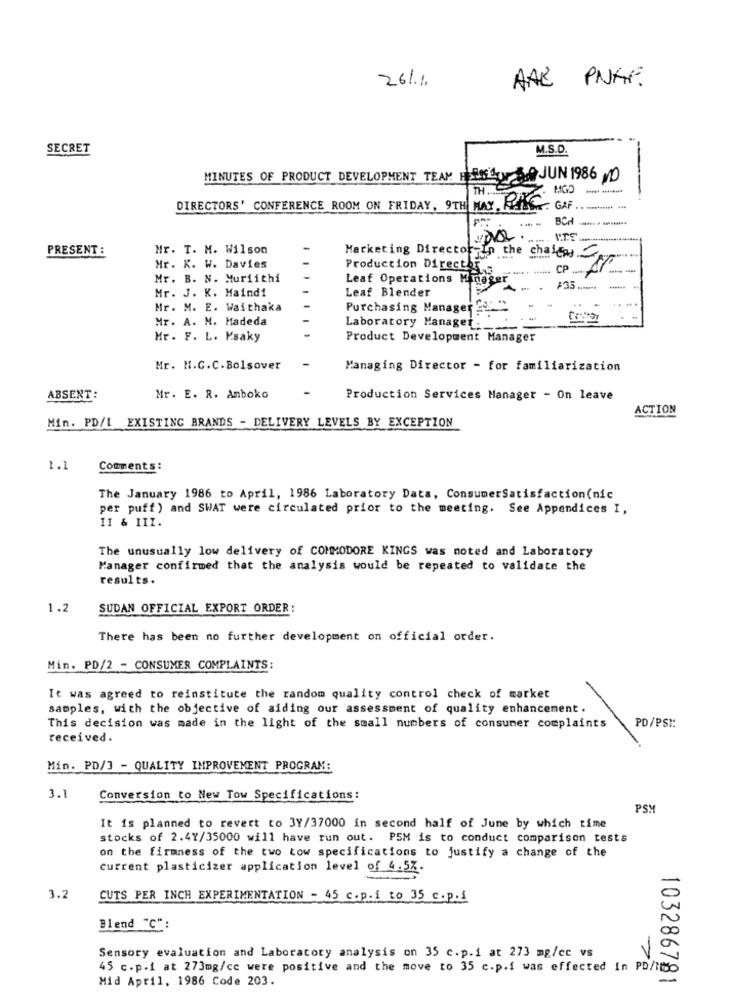
AAR PNAF.
26/1.
SECRET
M.S.D.
MINUTES OF PRODUCT DEVELOPMENT TEAM FREMST 5.0 JUN 1986 D
TH.
MGD
DIRECTORS' CONFERENCE ROOM ON FRIDAY, 9TH MAY. FILES GAF.
BCH
PRESENT :
Mr. T. M. Wilson
Marketing Director
Fan the
Mr. K. W. Davies
Production Director
chateas 87
CP .....
Mr. B. N. Muriithi
Leaf Operations Manager
Mr. J. K. Maindi
Leaf Blender
Mr. M. E. Waithaka
Purchasing Managers
Mr. A. M. Madeda
Laboratory Manager .
Mr. F. L. Ksaky
Product Development Manager
Mr. H.C.C.Bolsover
Managing Director - for familiarization
ABSENT:
Mr. E. R. Amboko
Production Services Manager - On leave
ACTION
Min. PD/L EXISTING BRANDS - DELIVERY LEVELS BY EXCEPTION
1.1
Comments :
The January 1986 to April, 1986 Laboratory Data, ConsumerSatisfaction(nic
per puff ) and SWAT were circulated prior to the meeting. See Appendices I,
1I & III.
The unusually low delivery of COMMODORE KINGS was noted and Laboratory
Manager confirmed that the analysis would be repeated to validate the
results.
1.2
SUDAN OFFICIAL EXPORT ORDER:
There has been no further development on official order.
Min. PD/2 - CONSUMER COMPLAINTS:
It was agreed to reinstitute the random quality control check of market
samples, with the objective of aiding our assessment of quality enhancement.
This decision was made in the light of the small numbers of consumer complaints
PD/PSI:
received.
Min. PD/3 - QUALITY IMPROVEMENT PROGRAM:
3.1
Conversion to New Tow Specifications:
PSY
It is planned to revert to 3Y/37000 in second half of June by which time
stocks of 2.41/35000 will have run out. PSM is to conduct comparison tests
on the firmness of the two tow specifications to justify a change of the
current plasticizer application level of 4.5%.
3.2
CUTS PER INCH EXPERIMENTATION - 45 c.p.i to 35 c.p.1
Blend "C":
Sensory evaluation and Laboratory analysis on 35 c.p.1 at 273 mg/cc vs
45 c.p.1 at 273mg/cc were positive and the move to 35 c.p.i was effected in PD/110
Mid April, 1986 Code 203.
103286781